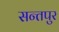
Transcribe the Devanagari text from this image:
सन्तपुर